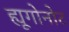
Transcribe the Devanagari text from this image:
ह्यूगोनोट